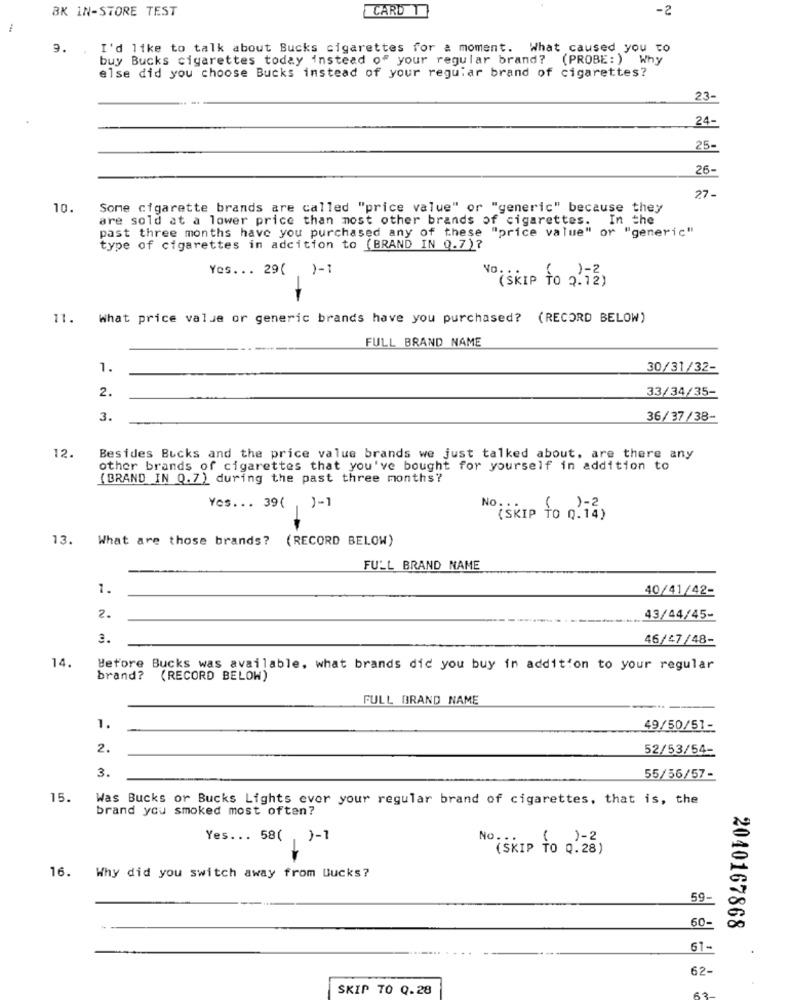
BK IN-STORE TEST
CARD T
-2
9.
I'd like to talk about Bucks cigarettes for & moment. What caused you to
buy Bucks cigarettes today instead of your regular brand? (PROBE: ) Why
else did you choose Bucks instead of your regular brand of cigarettes?
23-
24-
25-
26-
27.
10.
Some cigarette brands are called "price value" or "generic" because they
are sold at a lower price than most other brands of cigarettes. In the
past three months have you purchased any of these "price value" or "generic"
type of cigarettes in adcition to (BRAND IN 0.7)?
Yes ... 29( )-1
(SKIP TO 2.72)
11. What price value or generic brands have you purchased? (RECORD BELOW)
FULL BRAND NAME
1.
30/31/32-
2.
33/34/35-
3.
36/37/38-
12.
Besides Bucks and the price value brands we just talked about. are there any
other brands of cigarettes that you've bought for yourself in addition to
(BRAND IN Q.7) during the past three months?
Yes ... 39( ) -1
(SKIP TO 0.14)
13. What are those brands? (RECORD BELOW)
FULL BRAND NAME
1.
40/41/42-
2.
43/44/45-
3.
46/47/48-
14.
Before Bucks was available, what brands dic you buy in addition to your regular
brand? (RECORD BELOW)
FULL BRAND NAME
1.
49/50/51-
2.
52/53/54-
3.
55/56/57-
15.
Was Bucks or Bucks Lights ever your regular brand of cigarettes, that is, the
brand you smoked most often?
Yes ... 58( , )-1
No .::
( ) - 2
"(SKIP TO 0.28)
16. Why did you switch away from Bucks?
59-
60-
2040167868
61-
62-
SKIP TO 0.28